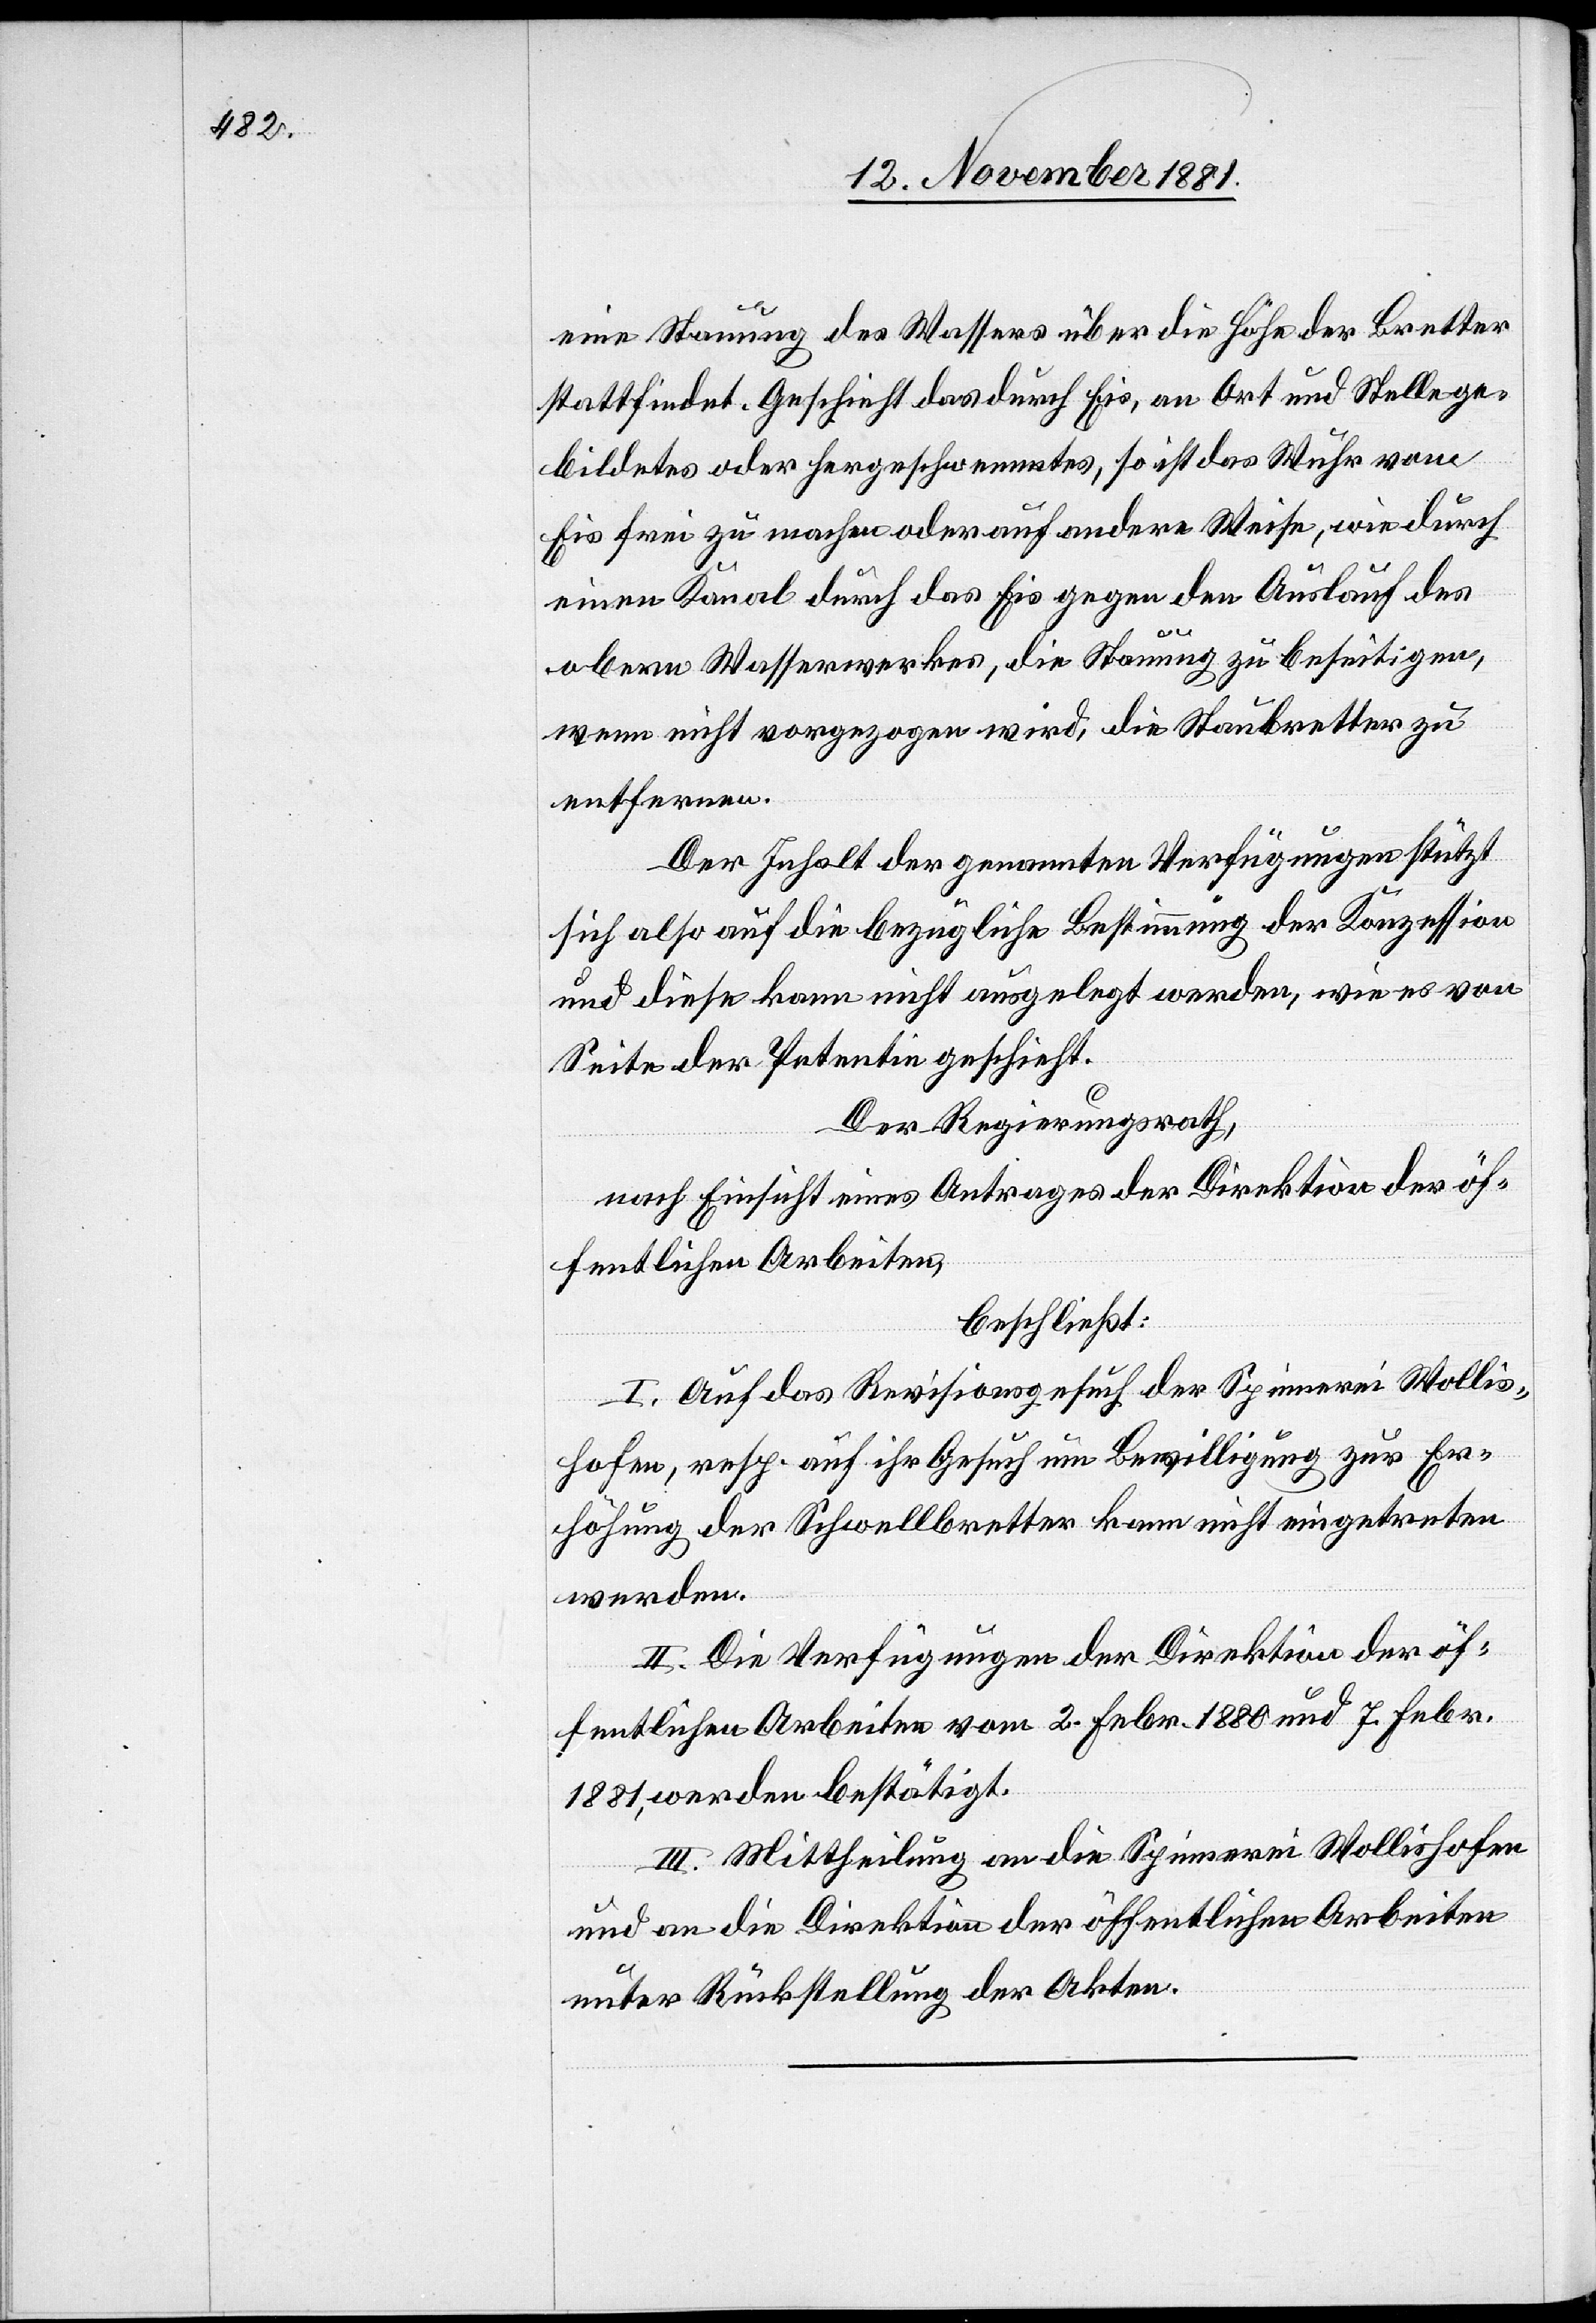
eine Stauung des Wassers über die Höhe der Bretter
stattfindet. Geschieht das durch Eis, an Ort und Stelle ge¬
bildetes oder hergeschwemmtes, so ist das Wuhr vom
Eis frei zu machen oder auf andere Weise, wie durch
einen Kanal durch das Eis gegen den Auslauf des
obern Wasserwerkes, die Stauung zu beseitigen,
wenn nicht vorgezogen wird, die Staubretter zu
entfernen.
Der Inhalt der genannten Verfügungen stützt
sich also auf die bezügliche Bestimmung der Konzession
und diese kann nicht ausgelegt werden, wie es von
Seite der Petentin geschieht.
Der Regierungsrath,
nach Einsicht eines Antrages der Direktion der öf¬
fentlichen Arbeiten,
beschließt:
I. Auf das Revisionsgesuch der Spinnerei Wollis¬
hofen, resp. auf ihr Gesuch um Bewilligung zur Er¬
höhung der Schwellbretter kann nicht eingetreten
werden.
II. Die Verfügungen der Direktion der öf¬
fentlichen Arbeiten vom 2. Febr. 1880 und 7. Febr.
1881, werden bestätigt.
III. Mittheilung an die Spinnerei Wollishofen
und an die Direktion der öffentlichen Arbeiten
unter Rückstellung der Akten.